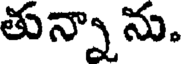
తున్నా ను.